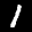
Label: 1